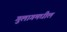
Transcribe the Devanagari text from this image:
गुलागमधील